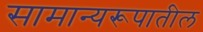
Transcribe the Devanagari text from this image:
सामान्यरूपातील